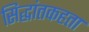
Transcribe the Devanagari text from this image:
सिद्धांतकहता